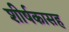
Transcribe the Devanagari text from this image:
शीर्षकासह